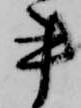
書